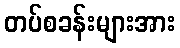
တပ်စခန်းများအား